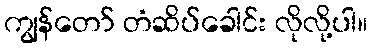
ကျွန်တော် တံဆိပ်ခေါင်း လိုလို့ပါ။